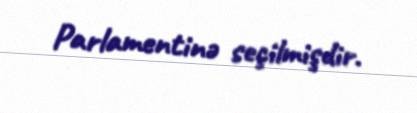
Parlamentinə seçilmişdir.